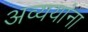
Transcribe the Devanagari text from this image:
अव्ययांना